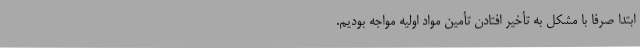
ابتدا صرفاً با مشکل به تأخیر افتادنِ تأمین مواد اولیه مواجه بودیم.